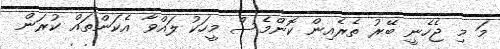
މަ މި ޖެހެނީ ބޭރު ތެރެއިން ކޮންމެސް މީހަކު ލައްވާ އެކަންތައް ކުރަން